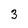
Character: 3